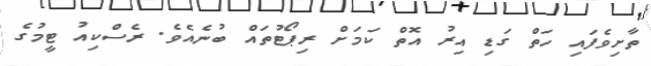
ތާށިވެފައި ހަތް ގަޑި އިރު އޮތް ކަމަށް ރިޕޯޓުތައް ބުނެއެވެ. ރެސްކިއު ޓީމުގެ